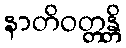
နာတိဝတ္တန္တိ